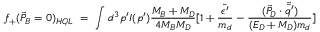
f _ { + } ( \vec { P } _ { B } = 0 ) _ { H Q L } \ = \ \int d ^ { 3 } p ^ { \prime } I ( p ^ { \prime } ) \frac { M _ { B } + M _ { D } } { 4 M _ { B } M _ { D } } [ 1 + \frac { \tilde { \epsilon ^ { \prime } } } { m _ { d } } - \frac { ( \vec { P } _ { D } \cdot \vec { \tilde { q ^ { \prime } } } ) } { ( E _ { D } + M _ { D } ) m _ { d } } ]